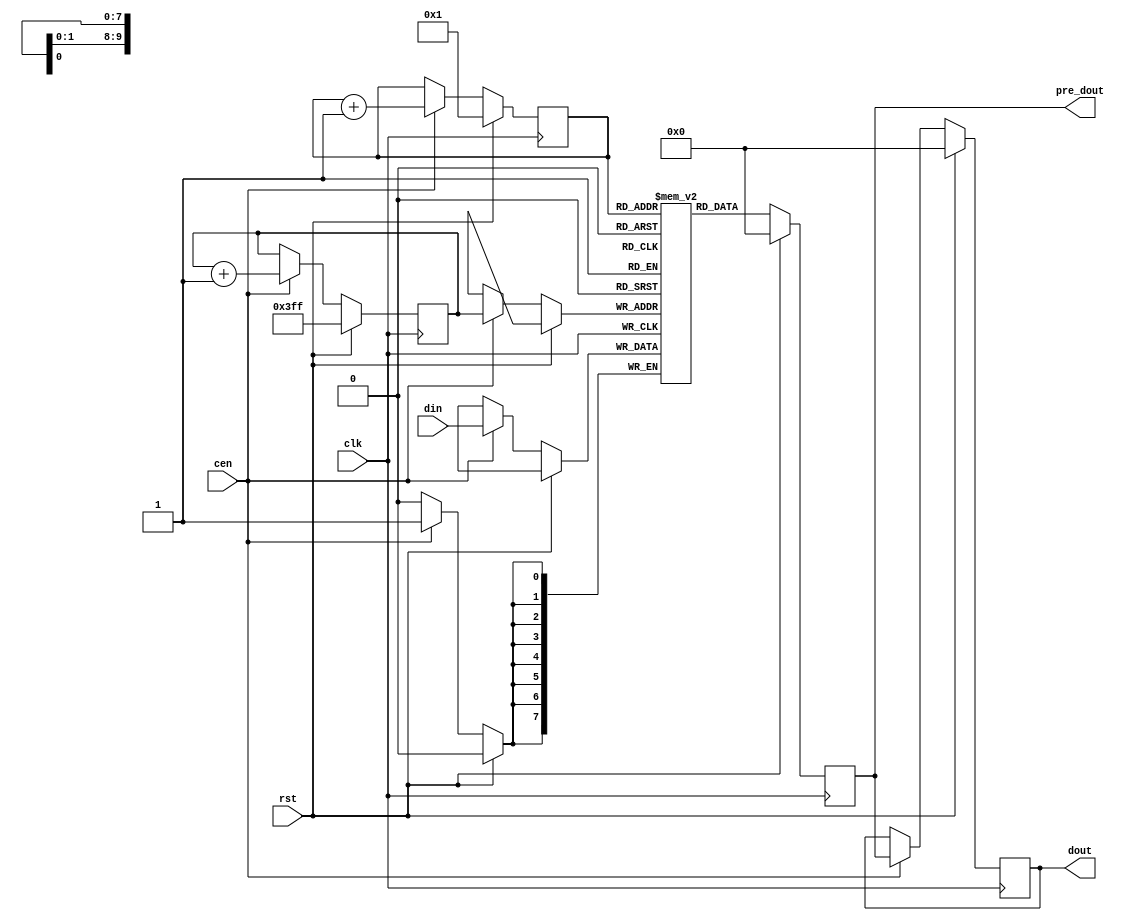
// This program was cloned from: https://github.com/jotego/jt49
// License: GNU General Public License v3.0

/*  This file is part of JT49.

    JT49 is free software: you can redistribute it and/or modify
    it under the terms of the GNU General Public License as published by
    the Free Software Foundation, either version 3 of the License, or
    (at your option) any later version.

    JT49 is distributed in the hope that it will be useful,
    but WITHOUT ANY WARRANTY; without even the implied warranty of
    MERCHANTABILITY or FITNESS FOR A PARTICULAR PURPOSE.  See the
    GNU General Public License for more details.

    You should have received a copy of the GNU General Public License
    along with JT49.  If not, see <http://www.gnu.org/licenses/>.
    
    Author: Jose Tejada Gomez. Twitter: @topapate
    Version: 1.0
    Date: 15-Jan-2019
    
    */

// Delay stage
// use for long delays

module jt49_dly #(parameter DW=8, depth=10)(
    input                clk,
    input                cen,
    input                rst,
    input         [7:0]  din,
    output reg    [7:0]  dout,
    output reg    [7:0]  pre_dout

);

reg [depth-1:0] rdpos, wrpos;


// memory
reg [DW-1:0] ram[0:2**depth-1];
always @(posedge clk) 
    if(rst)
        pre_dout <= {DW{1'b0}};
    else begin
        pre_dout <= ram[rdpos];
        if( cen ) ram[wrpos] <= din;
    end

`ifdef SIMULATION
integer k;
initial begin
    for(k=0;k<=2**depth-1;k=k+1)
        ram[k] = 0;
end
`endif

always @(posedge clk)
    if( rst ) begin
        rdpos <= { {depth-1{1'b0}}, 1'b1};
        wrpos <= {depth{1'b1}};
        dout <= {DW{1'b0}};
    end else if(cen) begin
        dout <= pre_dout;
        rdpos <= rdpos+1'b1;
        wrpos <= wrpos+1'b1;
    end

endmodule // jt49_dly